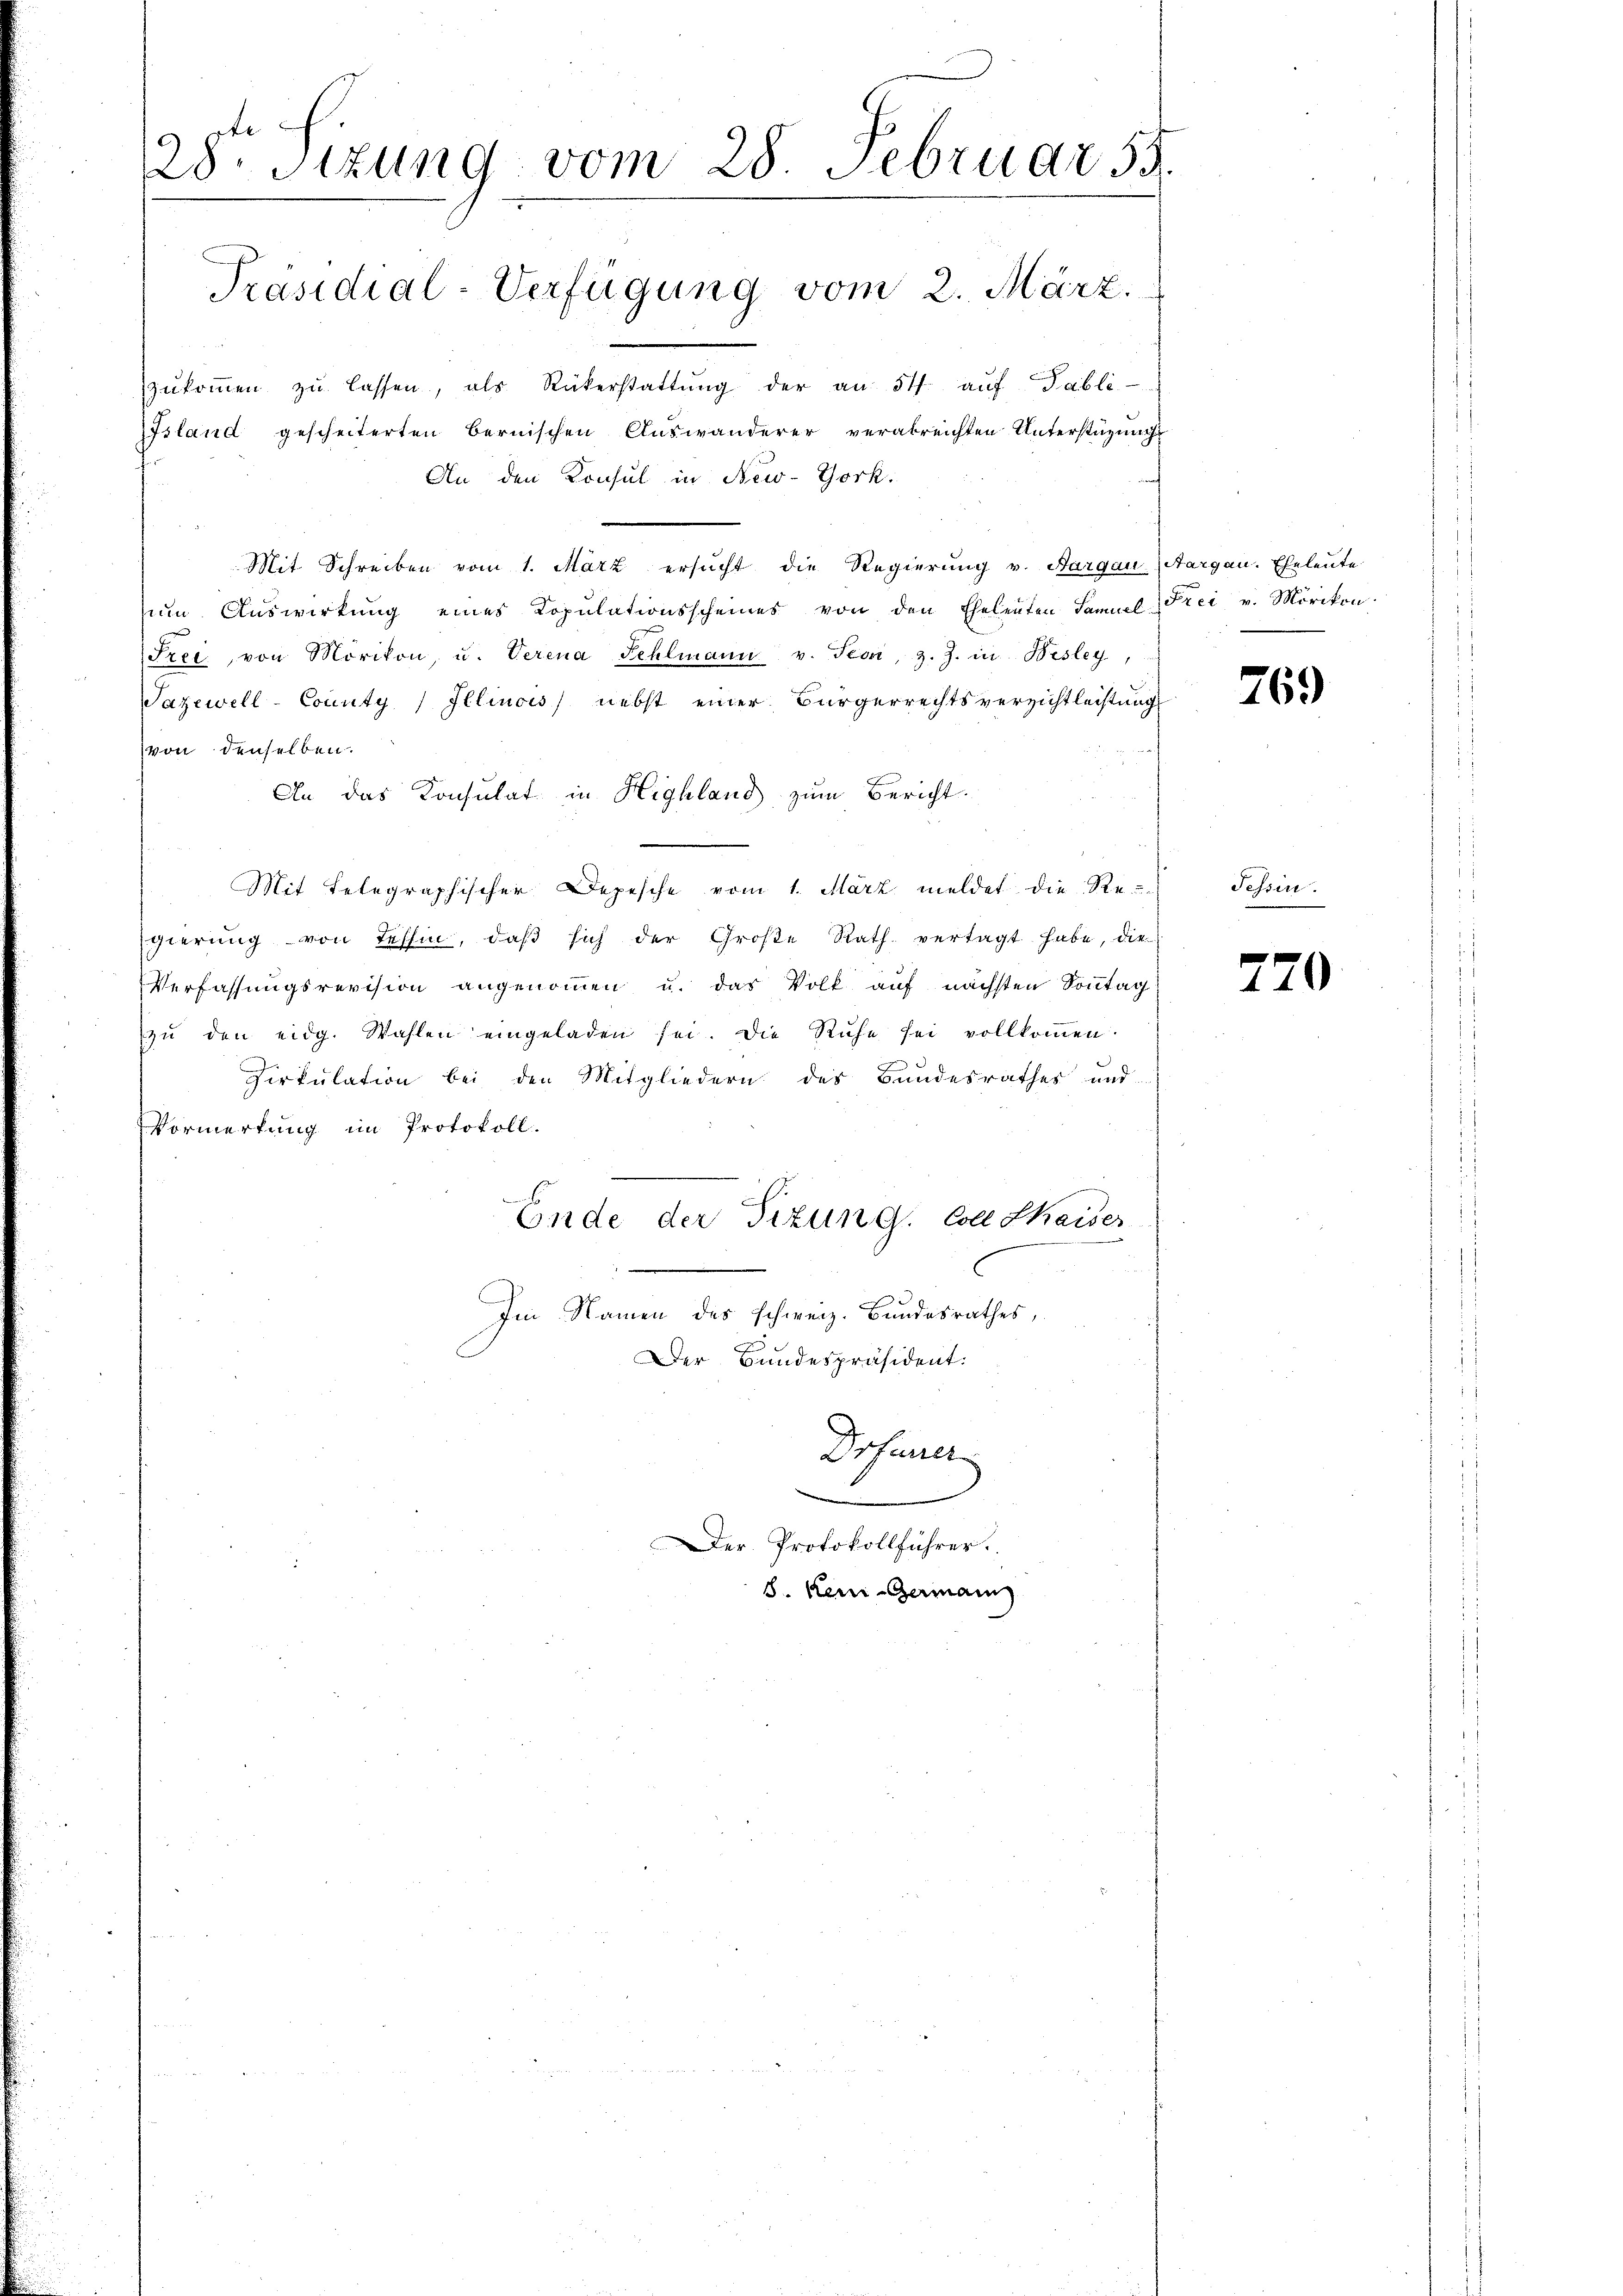
28ten Sizung vom 28. Februar 55.

zŭkoṁen zŭ lassen, als Rükerstattŭng der an 54 aŭf Publi-
Island gescheiterten bernischen Auswanderer verabreichten Unterstüzungs
An den Konsul in New-York.

Mit Schreiben vom 1. März ersucht die Regierung v. Aargau (Aargau. Eheleute
ŭm Aŭswirkung eines Kopŭlationsscheines von den Eheleuten Samuel Frei v. Mörikon.
Fret von Mörikon, u. Verena Fehlmann v. Seon, z. Z. in Besley,
azewell-County Illinois) nebst einer Bürgerrechtsverzichtleistung
von denselben.
An das Konsulat in Highland zum Bericht.
Mit Telegraphischer Depesche vom 1. März meldet die Re-
gierung von Tessin, daβ sich der Große Rath. vertagt habe, die
Verfassungsrevision angenommen u. das Volk auf nächsten Sonntag
zŭ den eidg. Wahlen eingeladen sei. Die Ruhe sei vollkoṁen.
Dirkulation bei den Mitgliedern des Bundesrathes und
Vormerkung im Protokoll.
Ende der Sizung. Coll Seider
Im Namen des schweiz. Bundesrathes,
Der Bundespräsident:
Drsuner
Der Protokollführer.
8. Reni Germann

Präsidial-Verfügung vom 2. März.

769

Tessin.

770